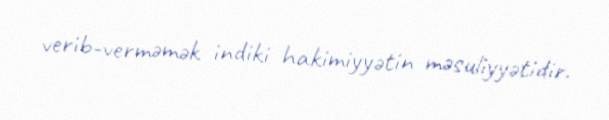
verib-verməmək indiki hakimiyyətin məsuliyyətidir.